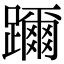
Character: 躎